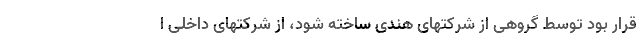
قرار بود توسط گروهی از شرکتهای هندی ساخته شود، از شرکتهای داخلی ا